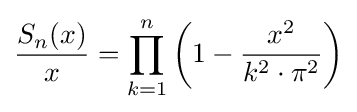
{\frac {S_{n}(x)}{x}}=\prod \limits _{k=1}^{n}\left(1-{\frac {x^{2}}{k^{2}\cdot \pi ^{2}}}\right)